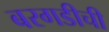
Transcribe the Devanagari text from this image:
बरगडीची